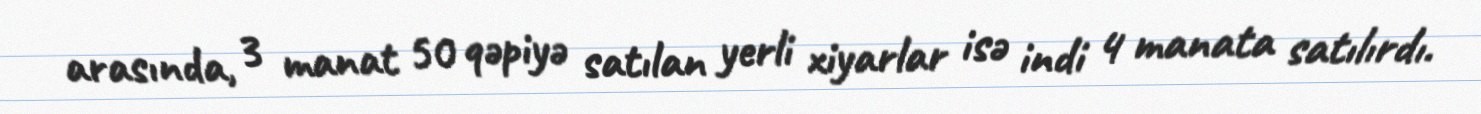
arasında, 3 manat 50 qəpiyə satılan yerli xiyarlar isə indi 4 manata satılırdı.